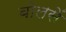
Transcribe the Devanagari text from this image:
बोलसें